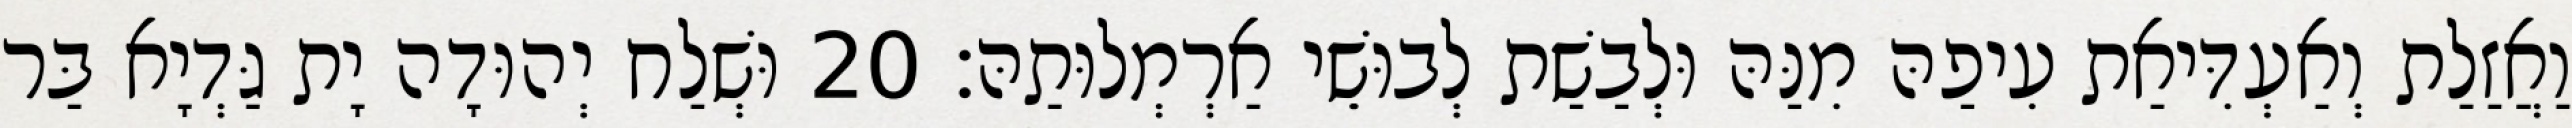
וַאֲזַלַת וְאַעְדִּיאַת עִיפַהּ מִנַּהּ וּלְבַשַׁת לְבוּשֵׁי אַרְמְלוּתַהּ׃ 20 וּשְׁלַח יְהוּדָה יָת גַּדְיָא בַּר